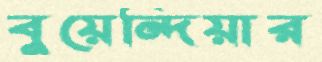
বুয়েন্দিয়ার